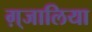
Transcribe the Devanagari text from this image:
ग़्जालिया